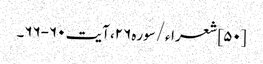
[۵۰] شعراء/سوره۲۶، آیت ۶۰-۶۶۔